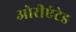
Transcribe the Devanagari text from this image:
ओरीएंटेड